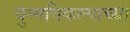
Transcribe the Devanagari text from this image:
युग्मविकल्पाच्या